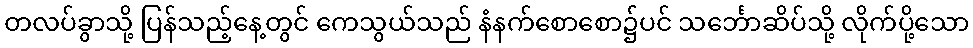
တလပ်ခွာသို့ ပြန်သည့်နေ့တွင် ကေသွယ်သည် နံနက်စောစော၌ပင် သင်္ဘောဆိပ်သို့ လိုက်ပို့သော